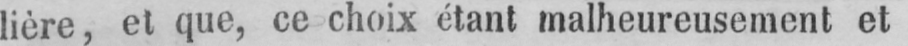
lière, et que, ce choix étant malheureusement et